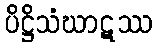
ပိဋ္ဌိသံဃာဋဿ